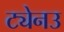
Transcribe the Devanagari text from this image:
ट्येनउ